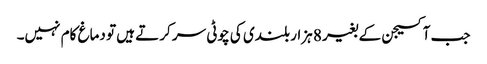
جب آکسیجن کے بغیر 8 ہزار بلندی کی چوٹی سر کرتے ہیں تو دماغ کام نہیں۔